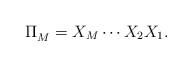
LaTeX: \begin{align*} \Pi_{M}^{}=X_{M}\cdots X_{2}X_{1}.\end{align*}